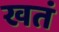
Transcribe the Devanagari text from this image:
खतं